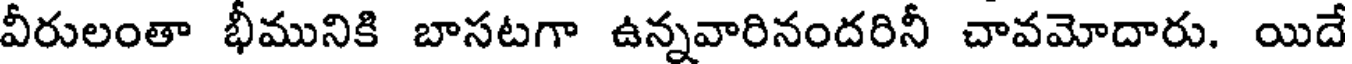
వీరులంతా భీమునికి బాసటగా ఉన్నవారినందరినీ చావమోదారు. యిదే